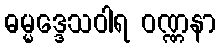
ဓမ္မဒ္ဒေသဝါရ ဝဏ္ဏနာ